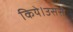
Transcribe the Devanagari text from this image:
किये।उससे